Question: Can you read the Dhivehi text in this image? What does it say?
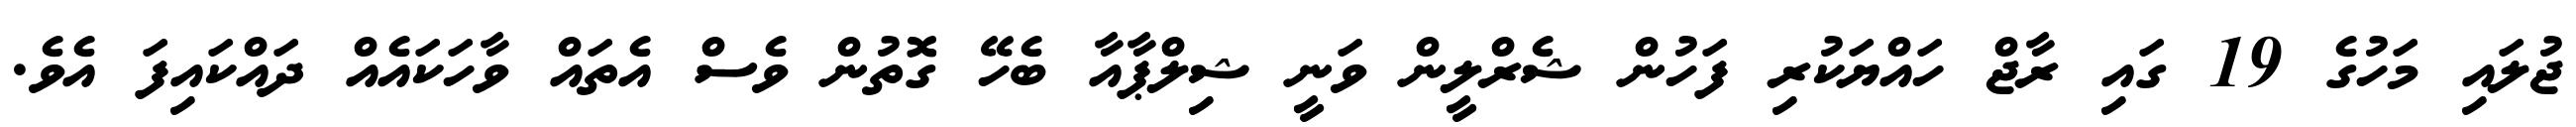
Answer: ޖުލައި މަހުގެ 19 ގައި ރާޖް ހައްޔަކުރި ފަހުން ޝެރްލީން ވަނީ ޝިލްޕާއާ ބެހޭ ގޮތުން ވެސް އެތައް ވާހަކައެއް ދައްކައިފަ އެވެ.